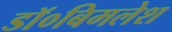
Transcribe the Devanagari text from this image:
डॉ०बिमलेश